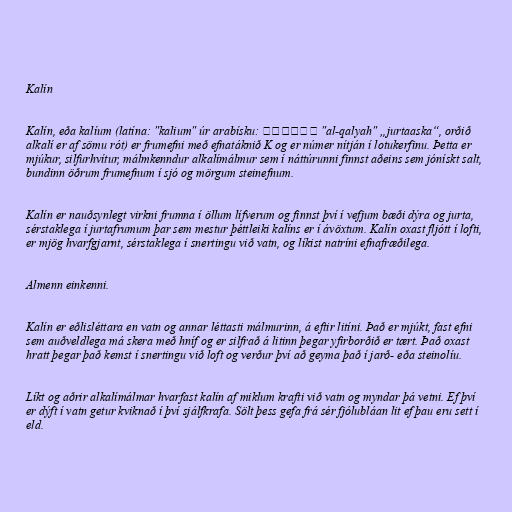
Kalín

Kalín, eða kalíum (latína: "kalium" úr arabísku: القَلْيَه‎ "al-qalyah" „jurtaaska“, orðið
alkalí er af sömu rót) er frumefni með efnatáknið K og er númer nítján í lotukerfinu. Þetta er
mjúkur, silfurhvítur, málmkenndur alkalímálmur sem í náttúrunni finnst aðeins sem jónískt salt,
bundinn öðrum frumefnum í sjó og mörgum steinefnum.

Kalín er nauðsynlegt virkni frumna í öllum lífverum og finnst því í vefjum bæði dýra og jurta,
sérstaklega í jurtafrumum þar sem mestur þéttleiki kalíns er í ávöxtum. Kalín oxast fljótt í lofti,
er mjög hvarfgjarnt, sérstaklega í snertingu við vatn, og líkist natríni efnafræðilega.

Almenn einkenni.

Kalín er eðlisléttara en vatn og annar léttasti málmurinn, á eftir litíni. Það er mjúkt, fast efni
sem auðveldlega má skera með hníf og er silfrað á litinn þegar yfirborðið er tært. Það oxast
hratt þegar það kemst í snertingu við loft og verður því að geyma það í jarð- eða steinolíu.

Líkt og aðrir alkalímálmar hvarfast kalín af miklum krafti við vatn og myndar þá vetni. Ef því
er dýft í vatn getur kviknað í því sjálfkrafa. Sölt þess gefa frá sér fjólubláan lit ef þau eru sett í
eld.